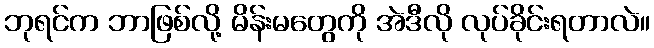
ဘုရင်က ဘာဖြစ်လို့ မိန်းမတွေကို အဲဒီလို လုပ်ခိုင်းရတာလဲ။